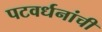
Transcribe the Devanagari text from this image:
पटवर्धनांची